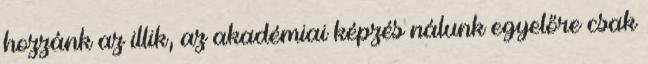
hozzánk az illik, az akadémiai képzés nálunk egyelőre csak